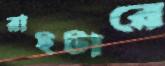
রাইটারে